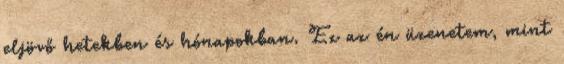
eljövő hetekben és hónapokban. Ez az én üzenetem, mint